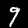
Digit: 9